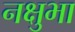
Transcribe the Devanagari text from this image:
नक्षुभा